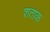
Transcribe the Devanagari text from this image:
शताक